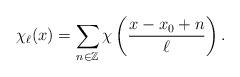
LaTeX: \begin{align*}\chi_\ell(x)=\sum_{n\in\mathbb{Z}}\chi\left(\frac{x-x_0+n}{\ell}\right).\end{align*}